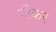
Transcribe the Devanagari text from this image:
नीकर